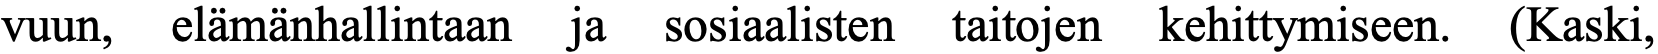
vuun, elämänhallintaan ja sosiaalisten taitojen kehittymiseen. (Kaski,